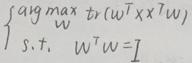
\[
\begin{cases}
\underset{\mathbf{w}}{\arg\max} \text{tr}(\mathbf{w}^T \mathbf{X} \mathbf{X}^T \mathbf{w}) \\
\text{s.t. } \mathbf{w}^T \mathbf{w} = 1
\end{cases}
\]